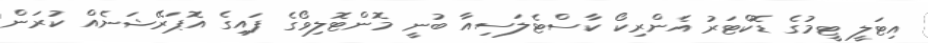
އިޓަލީ ޓީމުގެ ޑޮކްޓަރު އެންރިކޯ ކާސްޓެލަސިއާ ބުނީ މޮންޓޮލިވޯގެ ފައިގެ އޮޕަރޭޝަނެއް ކުރަން